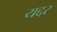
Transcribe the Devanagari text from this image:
यद्दर